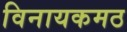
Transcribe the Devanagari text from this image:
विनायकमठ